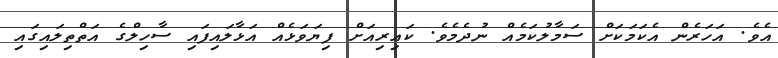
އެވެ. އަހަރެން އެކަމަކަށް ސަމާލުކަމެއް ނުދެމެވެ. ކައިރިއަށް ފިޔަވަޅެއް އަޅާލައިފައި ސާހިލްގެ އަތްތިލައިގައި